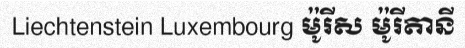
Liechtenstein Luxembourg ម៉ូរីស ម៉ូរីតានី